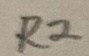
Text: R2